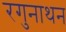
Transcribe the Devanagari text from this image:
रगुनाथन